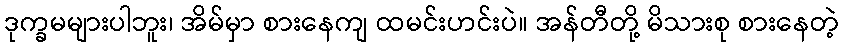
ဒုက္ခမများပါဘူး၊ အိမ်မှာ စားနေကျ ထမင်းဟင်းပဲ။ အန်တီတို့ မိသားစု စားနေတဲ့